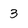
Character: 3